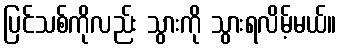
ပြင်သစ်ကိုလည်း သွားကို သွားရလိမ့်မယ်။